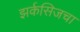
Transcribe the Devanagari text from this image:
झर्कसिजचा